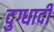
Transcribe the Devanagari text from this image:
दुग्धादी